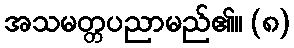
အသမတ္တပညာမည်၏။ (၈)